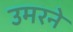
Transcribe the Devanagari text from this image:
उमरने